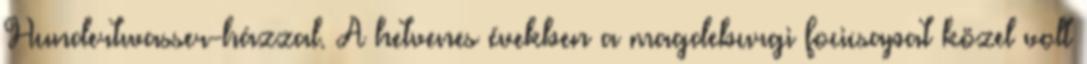
Hundertwasser-házzal. A hetvenes években a magdeburgi focicsapat közel volt